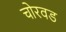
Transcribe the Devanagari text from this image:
चोरवड